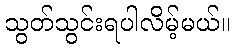
သွတ်သွင်းရပါလိမ့်မယ်။